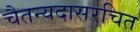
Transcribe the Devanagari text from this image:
चैतन्यदासरचित